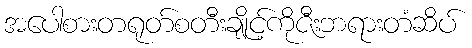
အပေါစားတရုတ်စတီးချိုင့်ကိုဇီးဘရားတံဆိပ်